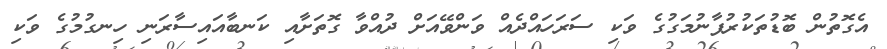
އެގޮތުން ބޮޑުތަކުރުފާނުމަގުގެ ވަކި ސަރަހައްދެއް ވަންވޭއަށް ދުއްވާ ގޮތަށާއި ކަނބާއައިސާރަނި ހިނގުމުގެ ވަކި